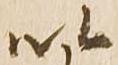
以